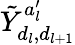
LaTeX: \tilde{Y}_{d_{l},d_{l+1}}^{a_{l}^{\prime}}